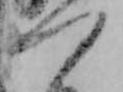
つ